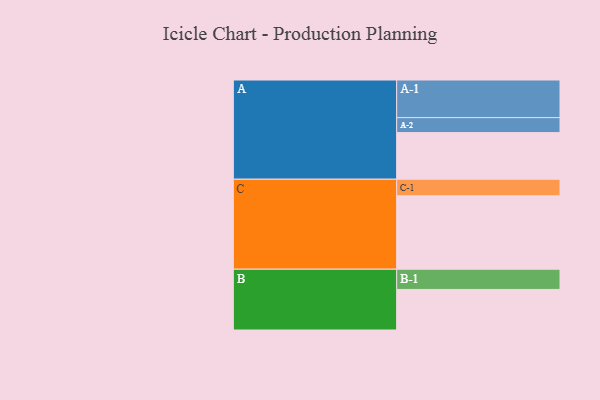
{"axis": {"x": "Segment", "y": "Value"}, "legend": ["", "A", "B", "C"], "data": [{"x": "A", "y": 348, "type": ""}, {"x": "B", "y": 303, "type": ""}, {"x": "C", "y": 548, "type": ""}, {"x": "A-1", "y": 281, "type": "A"}, {"x": "A-2", "y": 112, "type": "A"}, {"x": "B-1", "y": 151, "type": "B"}, {"x": "C-1", "y": 124, "type": "C"}]}